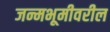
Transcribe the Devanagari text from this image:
जन्मभूमीवरील